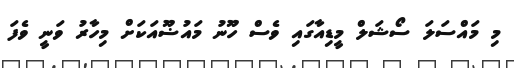
މި މައްސަލަ ސޯޝަލް މީޑިއާގައި ވެސް ހޫނު މައުޟޫއަކަށް މިހާރު ވަނީ ވެފަ